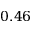
0 . 4 6